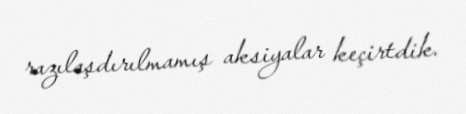
razılaşdırılmamış aksiyalar keçirtdik.